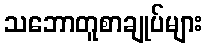
သဘောတူစာချုပ်များ